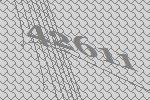
42611